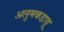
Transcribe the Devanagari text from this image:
अलुमकडावू